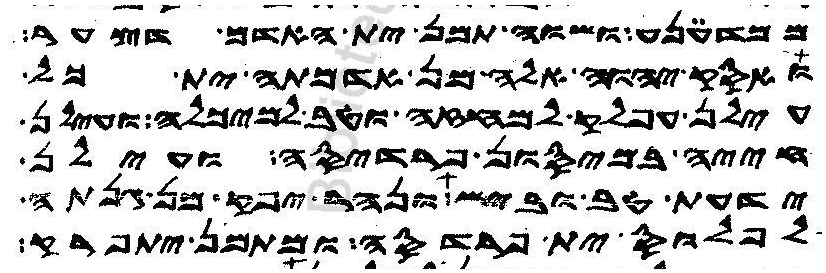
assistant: ממדענע ושוה תמן ית האדם דצער
ואסק יהוה אלה מן אדמתה ית כל
עילן עפלק למחזה וטב למיכלה ועילן
חייה במיסון פרדיסה ועילן
ידעת טב וביש ונהר יפק מן גנתה
לפלוס ית פרדסה ומתמן יתפרק